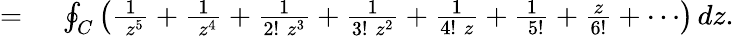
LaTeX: \begin{array}{rl}{={}}&{{}\oint_{C}\left({\frac{1}{\; z^{5}}}+{\frac{1}{\; z^{4}}}+{\frac{1}{2!\; z^{3}}}+{\frac{1}{3!\; z^{2}}}+{\frac{1}{4!\; z}}+{\frac{1}{\; 5!}}+{\frac{z}{6!}}+\cdots\right)\, dz.}\end{array}